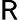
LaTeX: {\sf R}